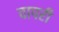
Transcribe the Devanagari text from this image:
वापरी